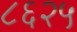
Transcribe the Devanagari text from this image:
८६२५